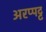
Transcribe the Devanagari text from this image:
अरप्पट्ट